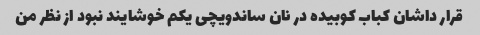
قرار داشان کباب کوبیده در نان ساندویچی یکم خوشایند نبود از نظر من